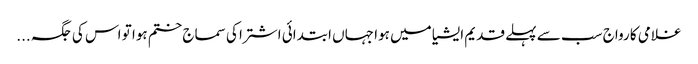
غلامی کا رواج سب سے پہلے قدیم ایشیا میں ہوا جہاں ابتدائی اشتر ا کی سماج ختم ہوا تو اس کی جگہ ...